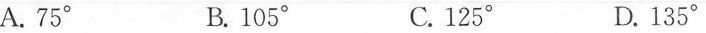
A.75° B.105° C.125° D.135°